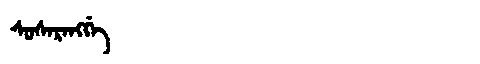
Manchu: ᠰᡠᠰᠠᡵᠠᠩᡤᡝ
Romanization: SUSARANGGE